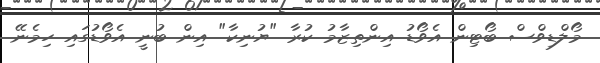
މޯލްޑިވްސް ބޯޓިން އެވޯޑު އިންތިޒާމު ކުރާ "ޔުނިކާ" އިން ބުނީ އެވޯޑުގައި ހިމެނޭ